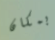
بمكان